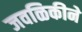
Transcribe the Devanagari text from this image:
जवळिकीने